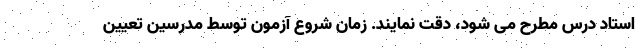
استاد درس مطرح می شود، دقت نمایند. زمان شروع آزمون توسط مدرسین تعیین